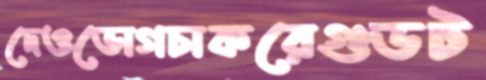
দেওভোগচাকরেগুডট